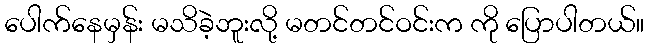
ပေါက်နေမှန်း မသိခဲ့ဘူးလို့ မတင်တင်ဝင်းက ကို ပြောပါတယ်။